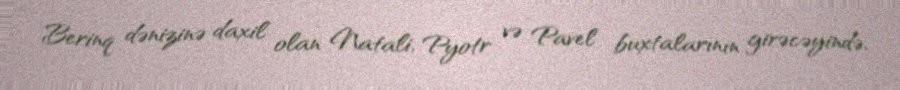
Berinq dənizinə daxil olan Natali, Pyotr və Pavel buxtalarının girəcəyində,